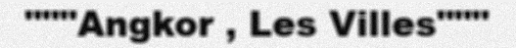
"""Angkor , Les Villes"""